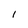
Character: 1